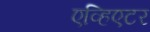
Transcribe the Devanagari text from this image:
एव्हिएटर